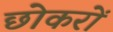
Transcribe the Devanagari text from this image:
छोकरों